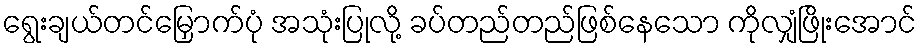
ရွေးချယ်တင်မြှောက်ပုံ အသုံးပြုလို့ ခပ်တည်တည်ဖြစ်နေသော ကိုလျှံဖြိုးအောင်